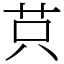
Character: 𦭜